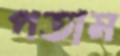
পতাম